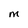
Character: M